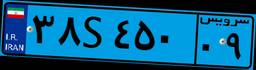
۱۰S۳۴۸۸۵